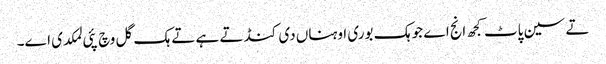
تے سین پاٹ کجھ انج اے جو ہک بوری اوہناں دی کنڈ تے ہے تے ہک گل وچ پئی لمکدی اے۔